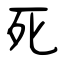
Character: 死